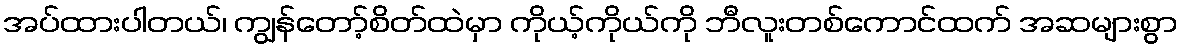
အပ်ထားပါတယ်၊ ကျွန်တော့်စိတ်ထဲမှာ ကိုယ့်ကိုယ်ကို ဘီလူးတစ်ကောင်ထက် အဆများစွာ